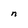
Character: n